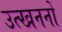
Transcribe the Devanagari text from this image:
उत्‍खननों